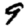
Digit: 9